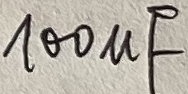
Text: 100µF